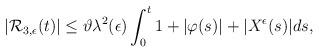
LaTeX: \begin{align*}\begin{aligned}|\mathcal{R}_{3,\epsilon}(t)|&\leq\vartheta\lambda^{2}(\epsilon)\int_0^t1+|\varphi(s)|+|{X}^{\epsilon}(s)|ds,\end{aligned}\end{align*}